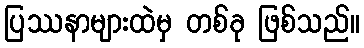
ပြဿနာများထဲမှ တစ်ခု ဖြစ်သည်။